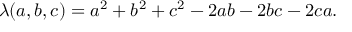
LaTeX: \lambda ( a , b , c ) = a ^ { 2 } + b ^ { 2 } + c ^ { 2 } - 2 a b - 2 b c - 2 c a .